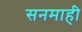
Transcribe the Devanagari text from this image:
सनमाही